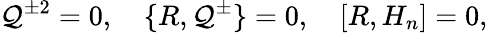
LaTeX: \mathcal{Q}^{\pm2}=0,\quad\{ R,\mathcal{Q}^{\pm}\} =0,\quad[R,H_{n}]=0,